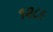
૧૨૮૯